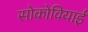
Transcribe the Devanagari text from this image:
सोकोवियाई